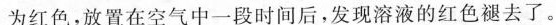
为红色，放置在空气中一段时间后，发现溶液的红色褪去了。